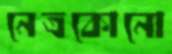
নেত্রকোনো